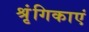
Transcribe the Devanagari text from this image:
श्रृंगिकाएं